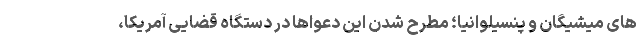
های میشیگان و پنسیلوانیا؛ مطرح شدن این دعواها در دستگاه قضایی آمریکا،